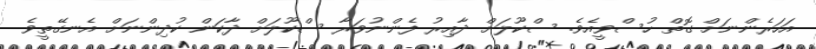
އަހަރެންނަށް ގޮތް ހުސްވީއެވެ. ސްކޫލަށް ދާއިރު ފެންނުވަރާ ސްކޫލަށް ދާކަން ކުދިންނަށް އެނގޭތީވެ